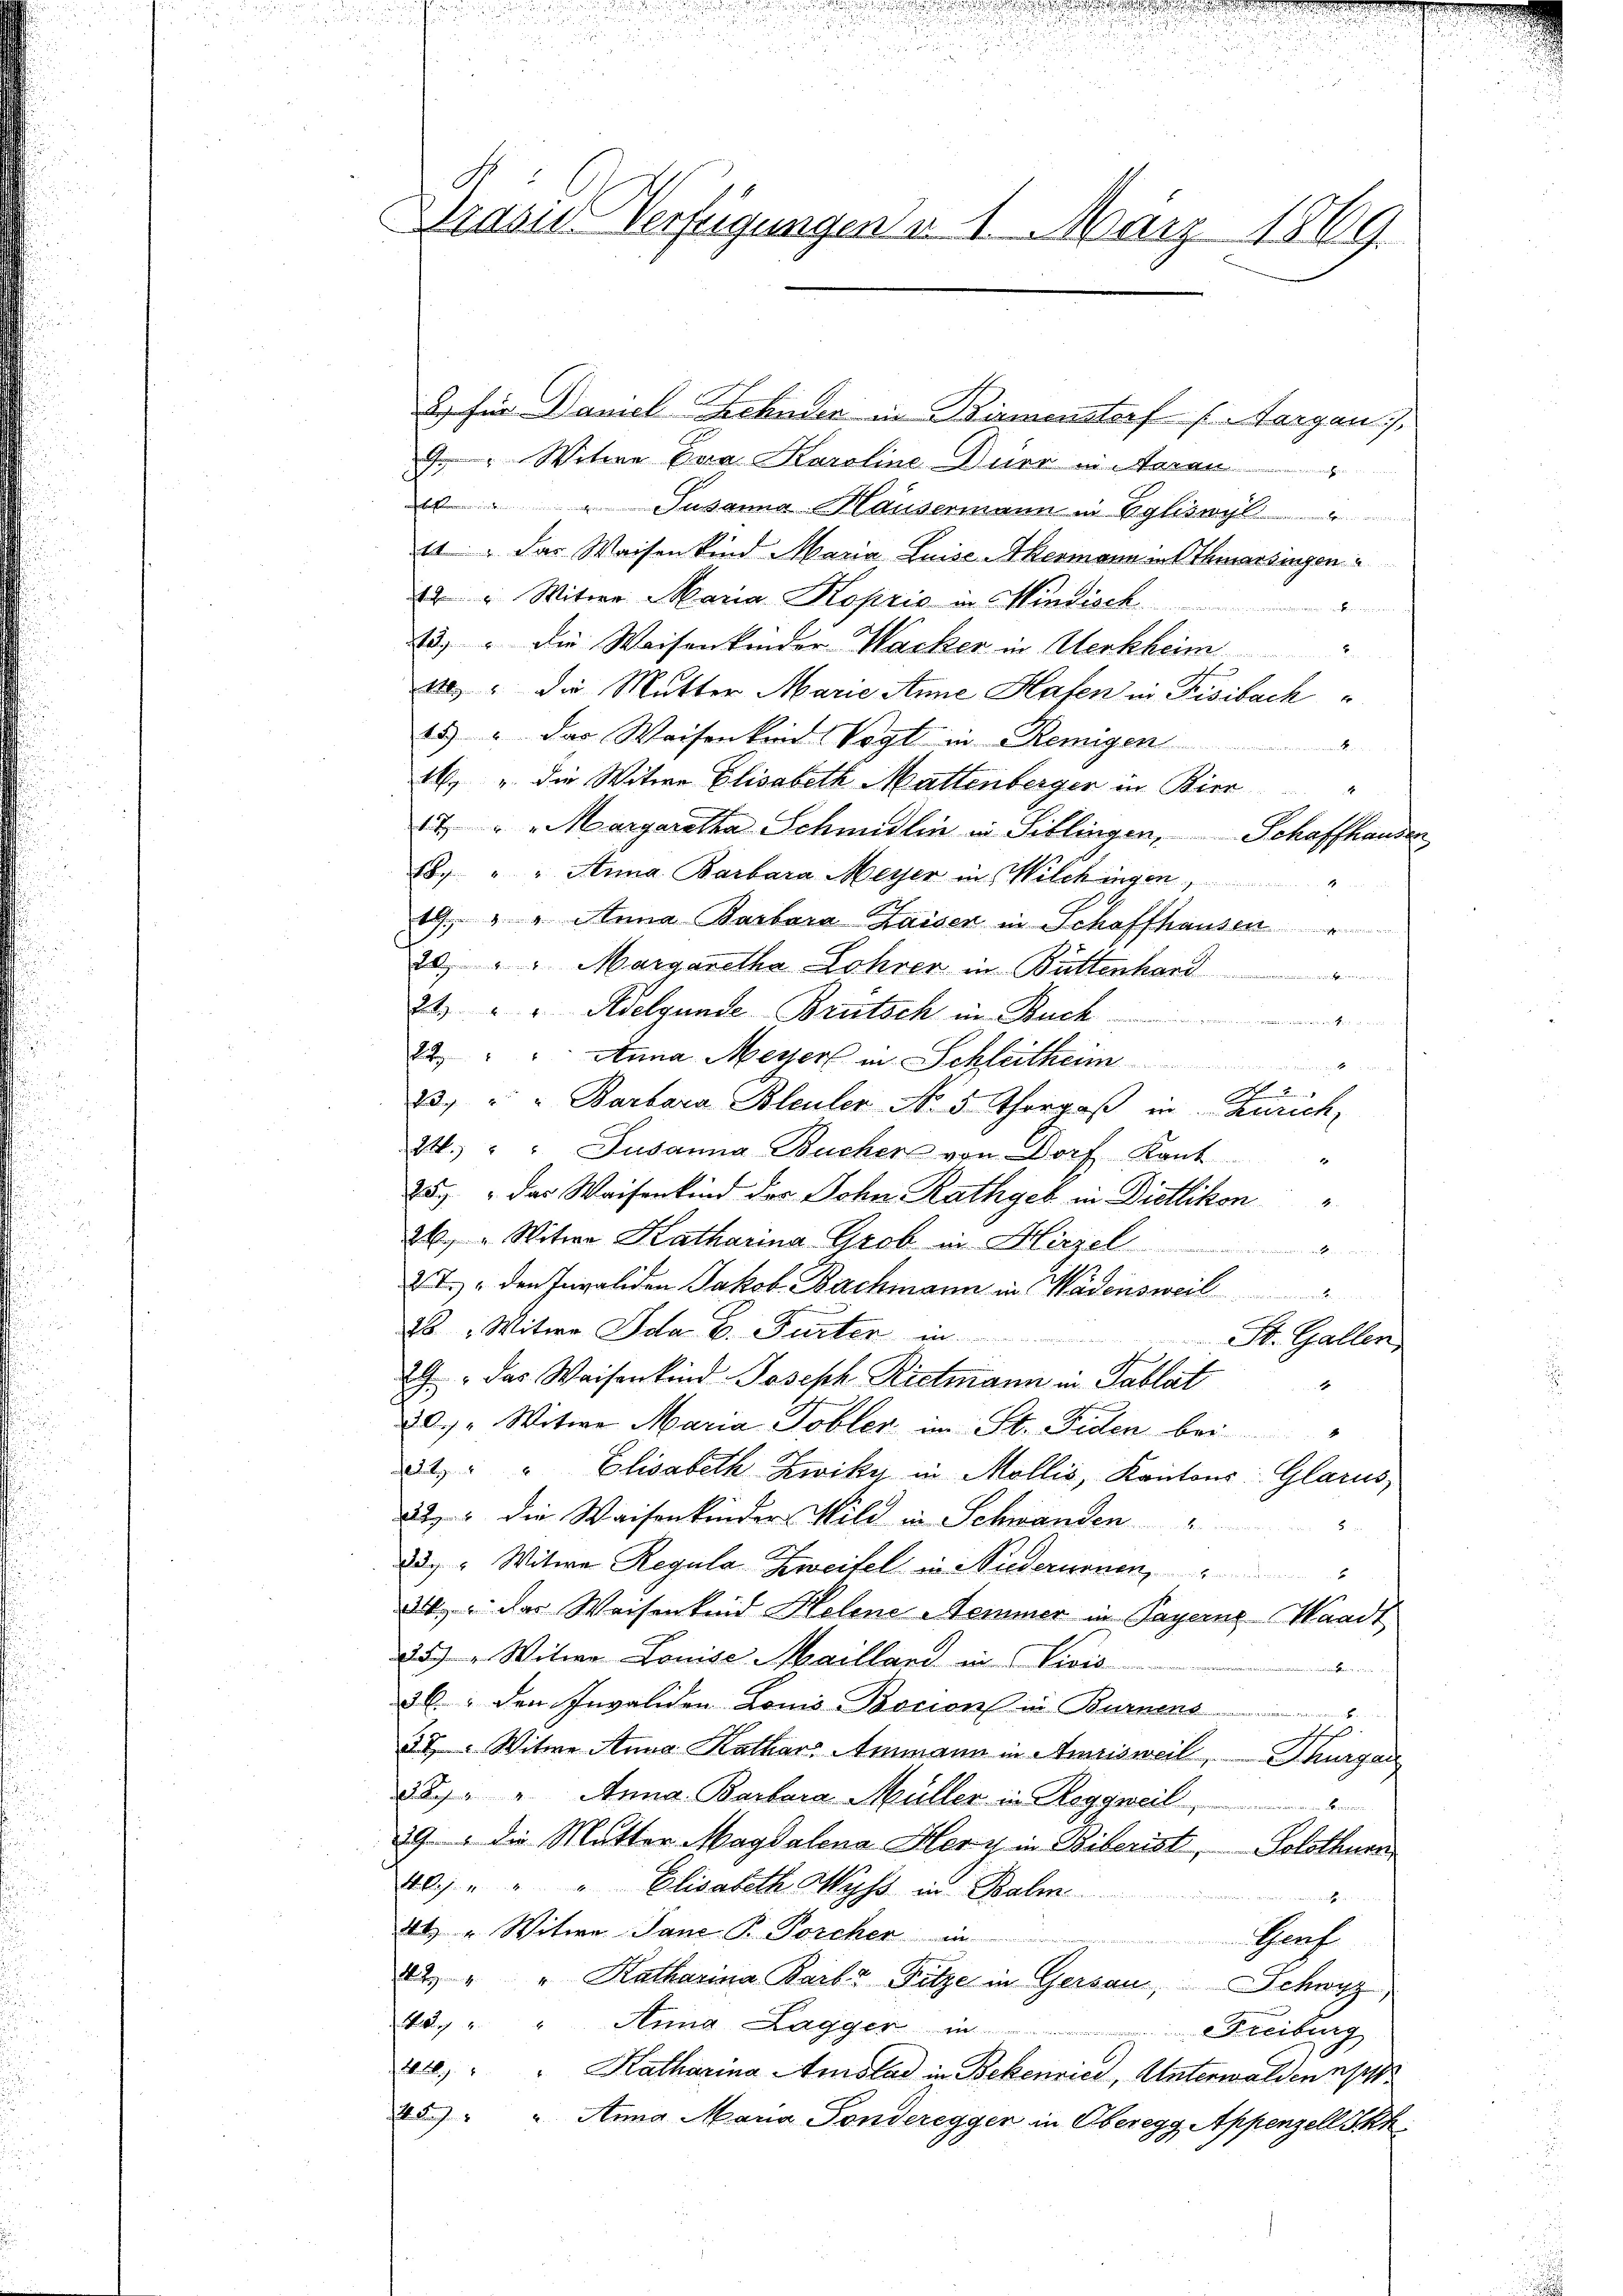
Präses Verfügungen 1. März 1869.

2) für Daniel Zehnder in Birmenstorf (Aargau
 Witwe Eva Karoline Auer ihnen
 " " Susanna Häusermann in Eglisch
1 " Das Waisen kind Maria Luise Akermann in Schmarsingen
2 " Witwe Maria Koprić in Mindisch
n die
13.) " die Weisenkonder Wacker in Herkheim
e" die Mutter Marie Anne Hafen in Fisibach
15.) " das Waisenken Vogt in Remigen
mnen Kenn
24 u. die Witwe Elisabeth Mattenberger in Bier
4
14 " " Margaretha Schmidlin in Siblingen, Schaffhausen
18. " " Anna Barbara Meyer in Wilchingen
19. v. u. Anna Barbara Zaiser in Schaffhausen
20 " " Margaretha Lohrer in Büttenhart
2t " " Adelgende Brütsch in Buch

25 " " Anna Messer in Schleithei
S 5
23. " " Barbara Bleuler No. 5. Thorgoß in anrich,
24.) " " Susanna Bucher von Dorf Kant
253  das Waisenkind der Sohn Rathgeb in Dietlikon
26. " Witwe Katharina Grob in Hirzel
 i e seinen
XI. den Invaliden Jakob Bachmann in Wädensweil
28 " Witwe Ida. E. Furter in
St. Gallen,
29. Das Waisenkind Joseph Rietmann in Tablat
xx
207. Witwe Maria Tobler in St. Fiden bei
x
2. " " Elisabeth Zwiky in Mollis, Kantons Glarus,
22 die Waisenkinder Wild in Schwanden " "
23." Witwe Regula Zweifel in Niederunnen,
24. des Weisenkend Helene Nemmer in Payernz Waadt
357. v. Witwe Louise Mailland in Divis
er nichten
36. den Invaliden Louis Bocion in Burnens
B.
.
h
37 " Witwe Anna Kathar Ammann in Amrisweil, Thurgau
32 u. Anna Barbara Müller in Roggweil
29 die Mutter Magdalena Herz in Biberist, Solothurn,
40 " " " Elisabeth Wyss in Balin
n es in einen nicht d
44 u. Witwe Panc P. Porcher
Graf
12. " " Katharina Barl" Fitze in Gersau, Schwyz
43. " " Anna Lagger in Freiburg
2. " " Katharina Amslad in Bekenries, Unterwalden s
25 " " Anna Maria Fonderegger in Oberegg Appenzell Sch